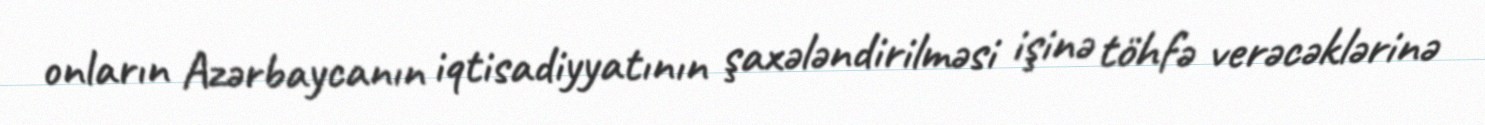
onların Azərbaycanın iqtisadiyyatının şaxələndirilməsi işinə töhfə verəcəklərinə